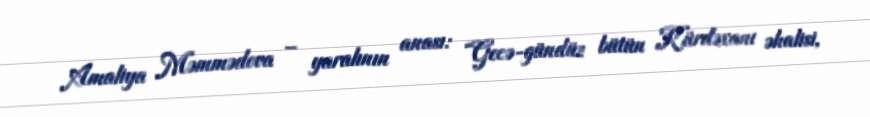
Amaliya Məmmədova – yaralının anası: “Gecə-gündüz bütün Kürdəxanı əhalisi,